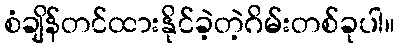
စံချိန်တင်ထားနိုင်ခဲ့တဲ့ဂိမ်းတစ်ခုပါ။